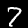
Label: 7